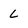
Character: L